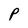
Character: P